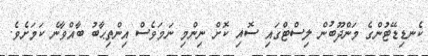
ކެނޑިޑޭޓުންގެ މަންދޫބުން ލިސްޓްގައި ސޮއި ކޮށް ނިންމި ނަމަވެސް އިންތިޙާބު ބާއްވާނެ ކަމަށެވެ.